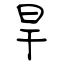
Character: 旱